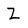
Character: Z